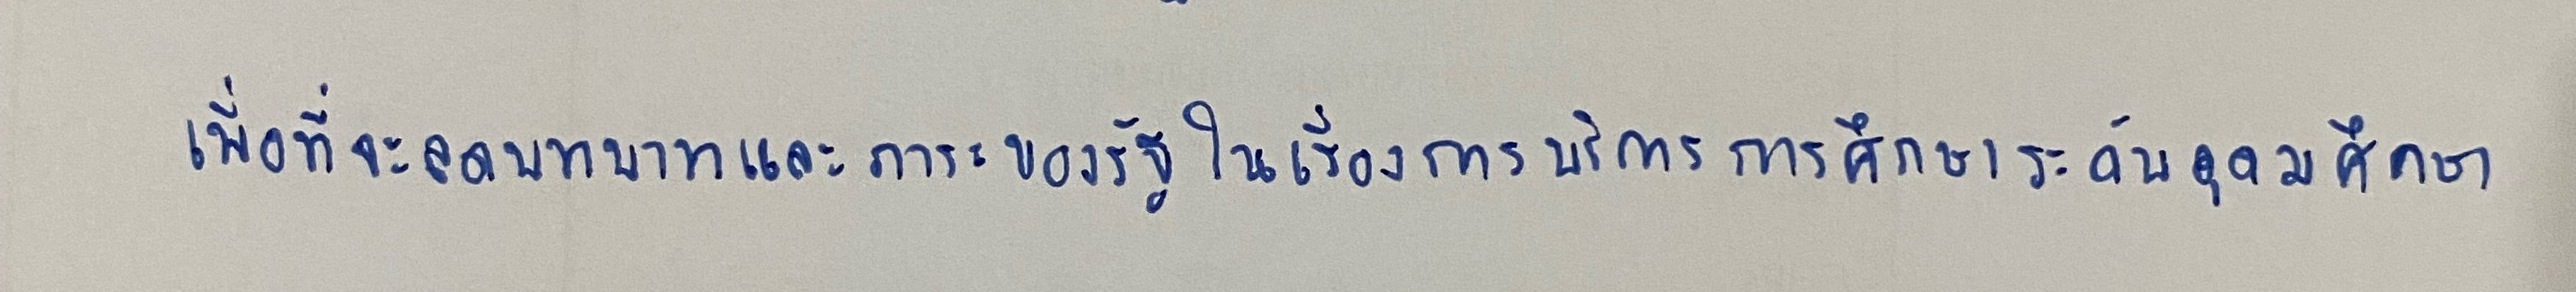
เพื่อที่จะลดบทบาทและภาระของรัฐในเรื่องการบริการการศึกษาระดับอุดมศึกษา